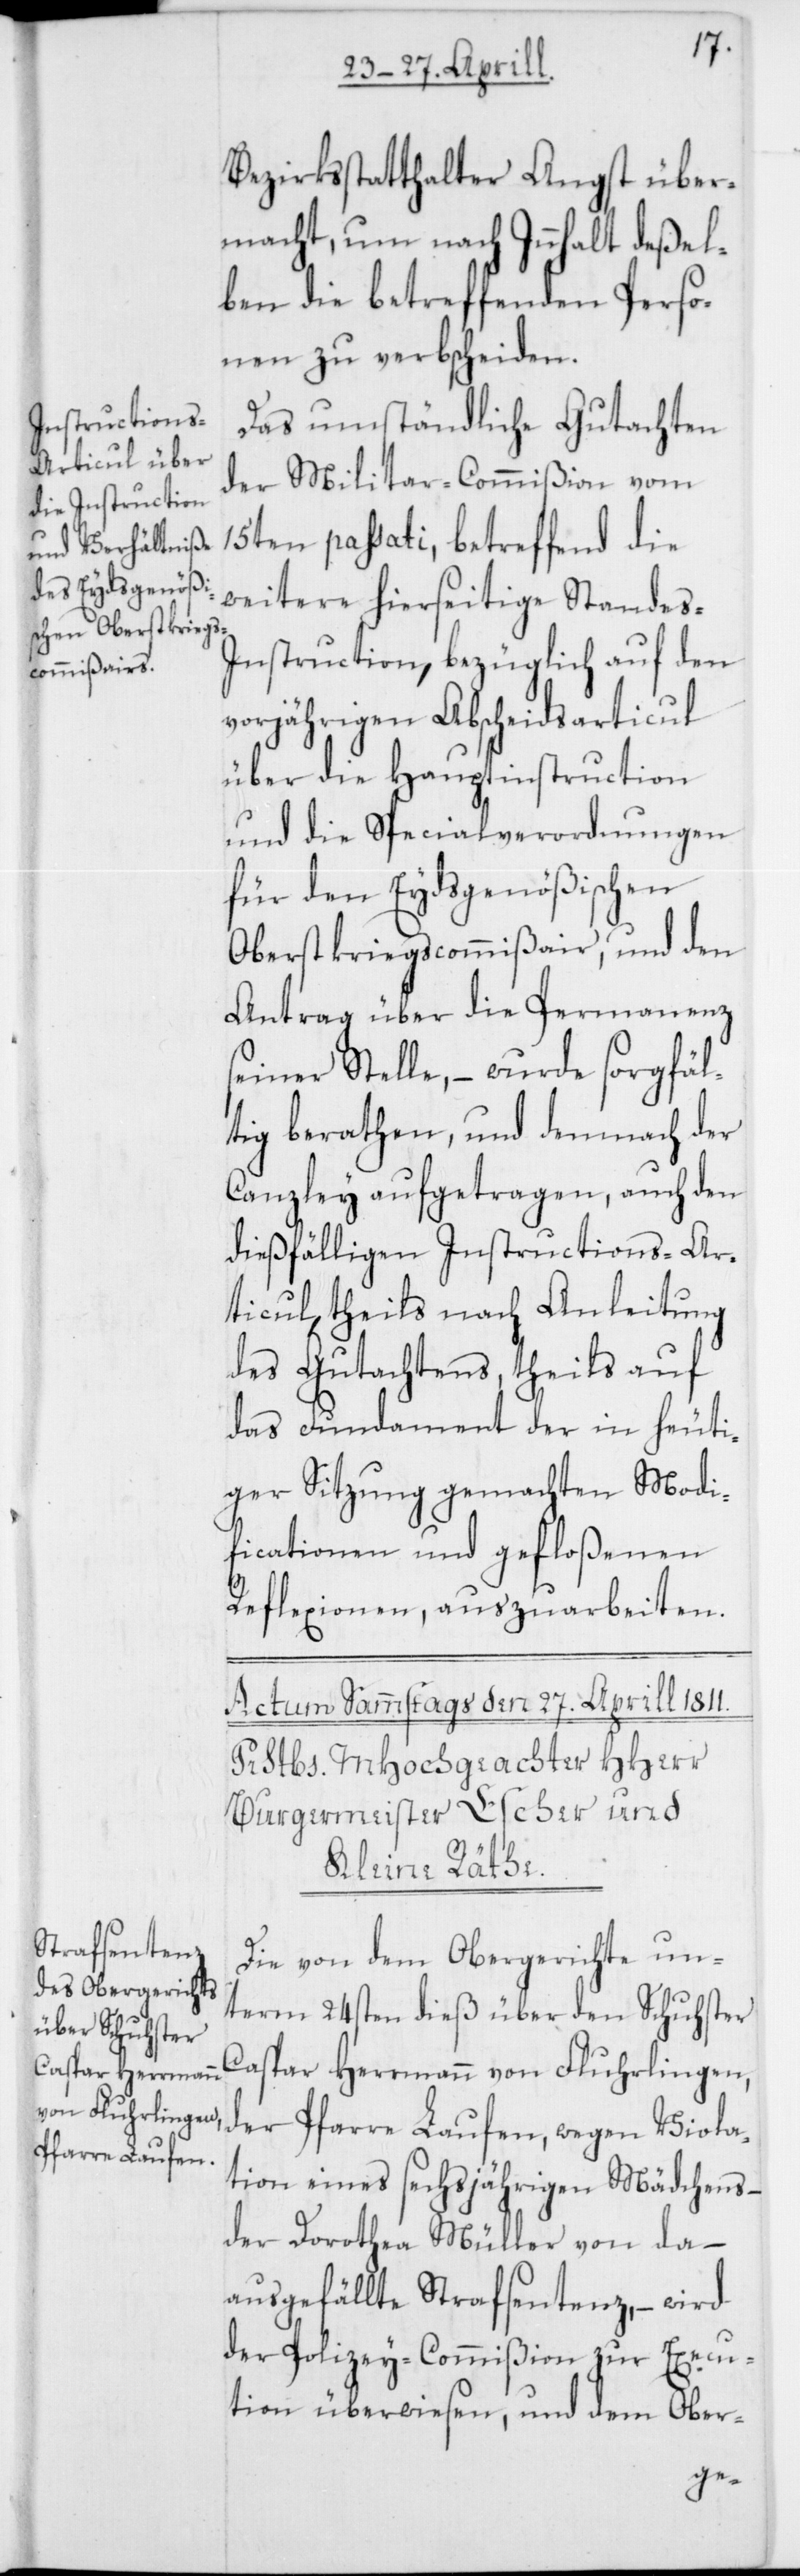
Bezirksstatthalter Angst über¬
macht, um nach Innhalt deßel¬
ben die betreffenden Perso¬
nen zu verbscheiden.
Das umständliche Gutachten
der Militar-Commißion vom
15ten passati, betreffend die
weitere hierseitige Stande¬
s-Instruction, bezüglich auf den
vorjährigen Abscheidsarticul
über die Hauptinstruction
und die Specialverordnungen
für den Eydsgenößischen
Oberstkriegscommißair, und den
Antrag über die Permanenz
seiner Stelle, – wurde sorgfäl¬
tig berathen, und demnach der
Canzley aufgetragen, auch den
dießfälligen Instructions-Ar¬
ticul, theils nach Anleitung
des Gutachtens, theils auf
das Fundament der in heuti¬
ger Sitzung gemachten Modi¬
ficationen und gefloßenen
Reflexionen, auszuarbeiten.
Die von dem Obergerichte un¬
term 24sten dieß über den Schuhster
Caspar Herrmann von Fluhrlingen,
der Pfarre Laufen, wegen Viola¬
tion eines sechsjährigen Mädchens –
der Dorothea Müller von da
ausgefällte Strafsentenz, – wird
der Polizey-Commißion zur Execu¬
tion überwiesen, und dem Ober-